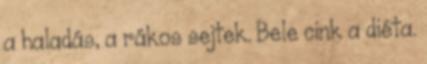
a haladás, a rákos sejtek. Bele cink a diéta.